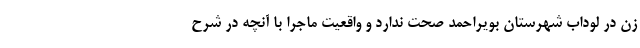
زن در لوداب شهرستان بویراحمد صحت ندارد و واقعیت ماجرا با آنچه در شرح